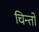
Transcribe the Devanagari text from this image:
चिन्तो